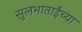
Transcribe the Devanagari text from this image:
सुलभाताईंच्या